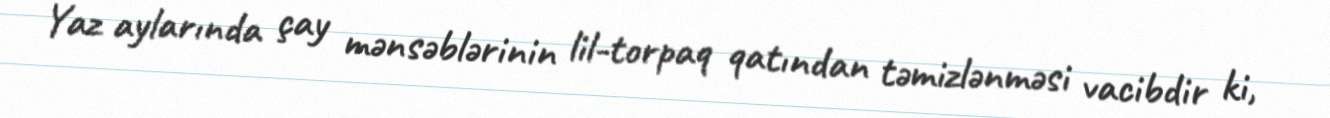
Yaz aylarında çay mənsəblərinin lil-torpaq qatından təmizlənməsi vacibdir ki,